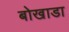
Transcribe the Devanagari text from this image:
बोखाडा